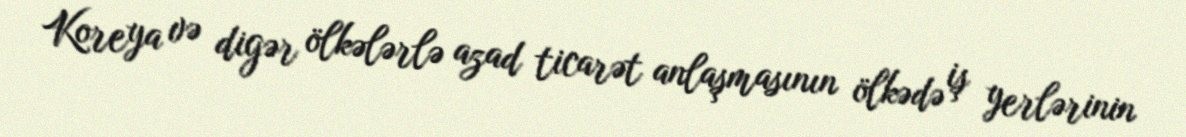
Koreya və digər ölkələrlə azad ticarət anlaşmasının ölkədə iş yerlərinin